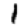
Digit: 1